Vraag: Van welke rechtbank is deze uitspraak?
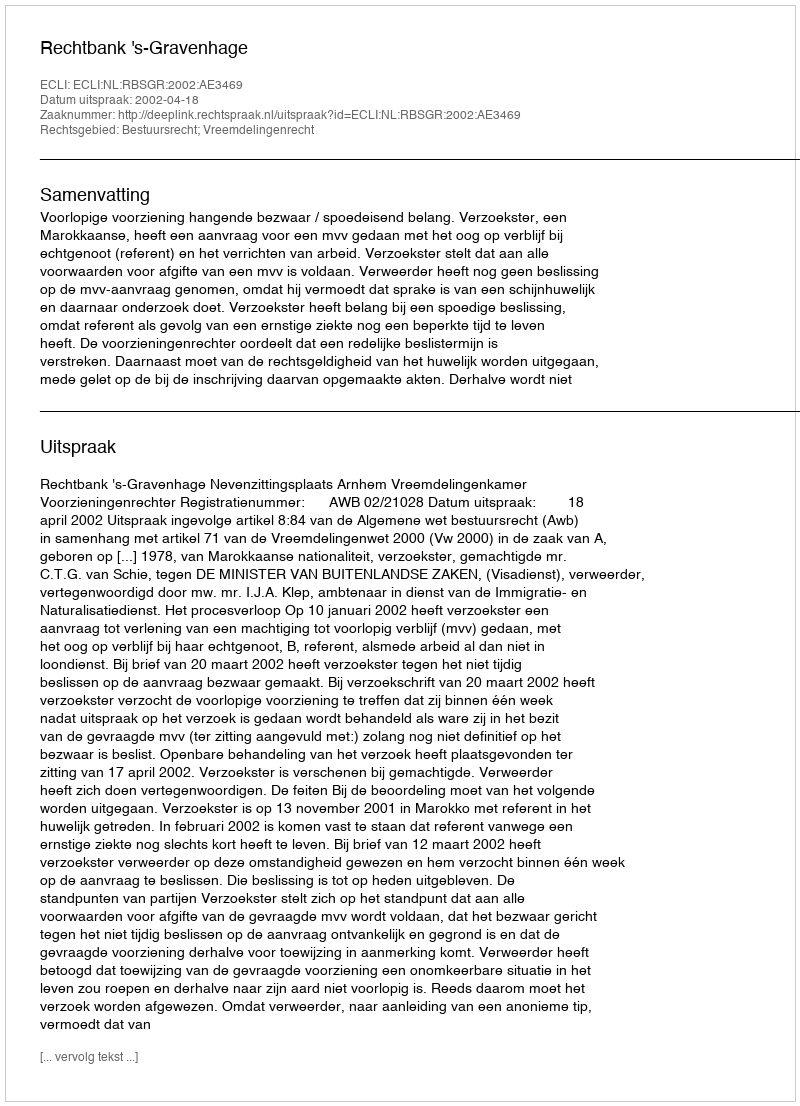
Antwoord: Rechtbank 's-Gravenhage